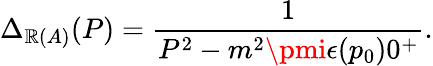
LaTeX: \Delta_{\mathbb{R}(A)}(P)=\frac{{1}}{{P^{2}-m^{2}\pmi\epsilon(p_{0})0^{+}}}.